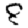
Digit: 8